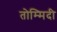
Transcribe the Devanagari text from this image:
तोम्मिदी